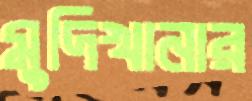
মুদিখানার